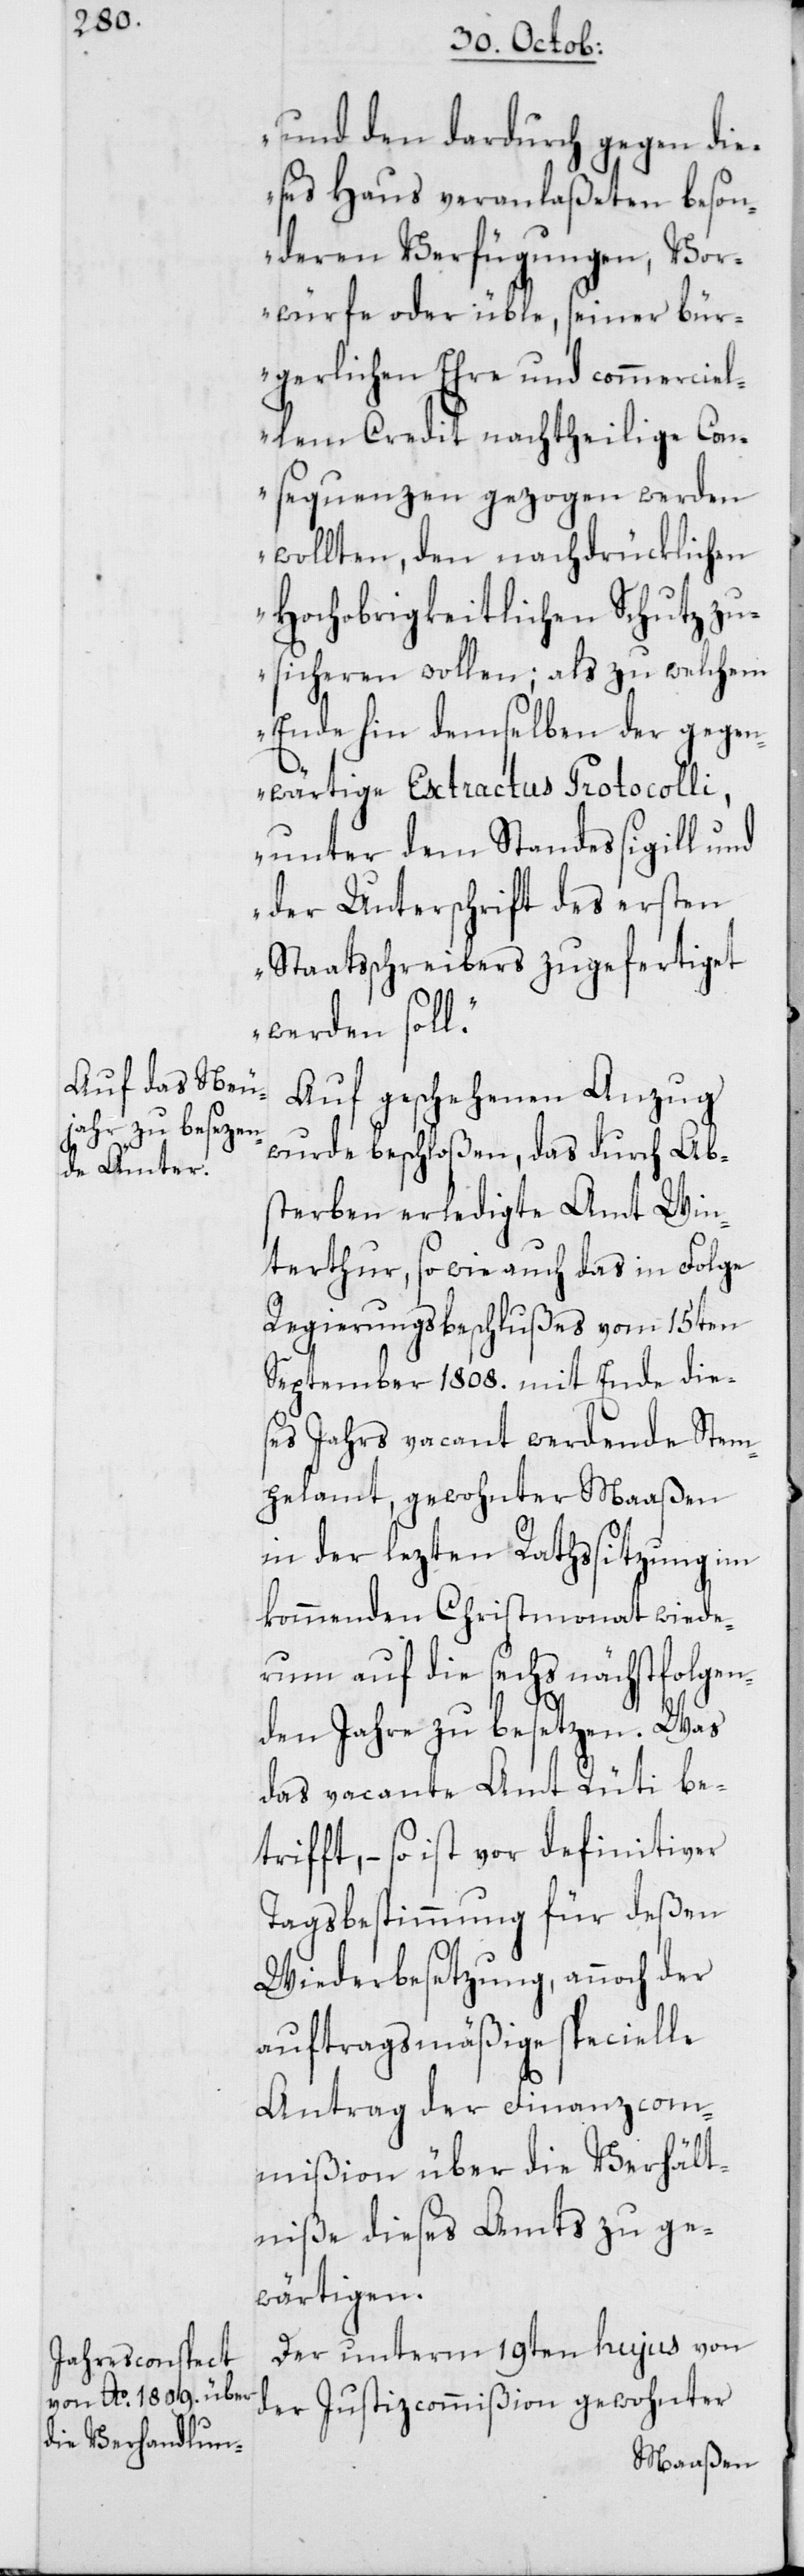
und den dardurch gegen die¬
ses Haus veranlaßeten beson¬
deren Verfügungen, Vor¬
würfe oder üble, seiner bür¬
gerlichen Ehre und commerciel¬
lem Credit nachtheilige Con¬
sequenzen gezogen werden
wollten, den nachdrücklichen
Hochobrigkeitlichen Schutz zu¬
sicheren wollen; als zu welchem
Ende hin demselben der gegen¬
wärtige Extractus Protocolli,
unter dem Standessigill und
der Unterschrift des ersten
Staatsschreibers zugefertiget
werden soll“.
Auf geschehenen Anzug
wurde beschloßen, das durch Ab¬
sterben erledigte Amt Win¬
terthur, so wie auch das in Folge
Regierungsbeschlußes vom 15ten
September 1808. mit Ende dies¬
es Jahrs vacant werdende Stem¬
pelamt, gewohnter Maaßen
in der lezten Rathssitzung im
kommenden Christmonat wiede¬
rum auf die sechs nächstfolgen¬
den Jahre zu besetzen. Was
das vacante Amt Rüti be¬
trifft, – so ist vor definitiver
Tagsbestimmung für deßen
Wiederbesetzung, annoch der
aufttragsmäßige specielle
Antrag der Finanzcom¬
mißion über die Verhält¬
niße dieses Amts zu ge¬
wärtigen.
Der unterm 19ten hujus von
der Justizcommißion gewohnter